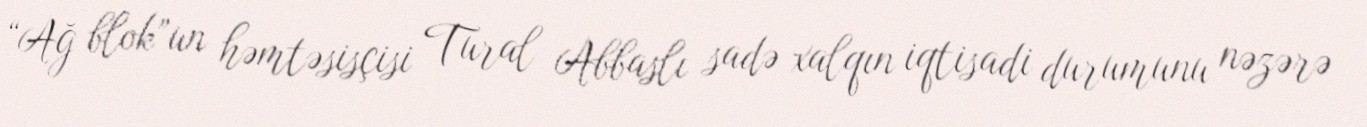
“Ağ blok”un həmtəsisçisi Tural Abbaslı sadə xalqın iqtisadi durumunu nəzərə